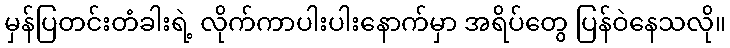
မှန်ပြတင်းတံခါးရဲ့ လိုက်ကာပါးပါးနောက်မှာ အရိပ်တွေ ပြန်ဝဲနေသလို။